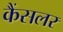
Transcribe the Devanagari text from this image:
कैंसलर